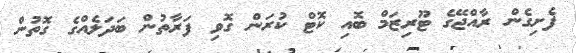
ފެށިގެން ރާއްޖޭގެ ޓޫރިޒަމް ބޮއި ކޮޓް ކުރަން ގޮވި ފަރާތުން ބަދަލެއްގެ ގޮތުން